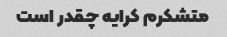
متشکرم کرایه چقدر است